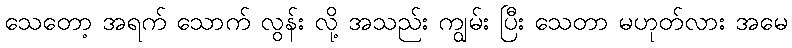
သေတော့ အရက် သောက် လွန်း လို့ အသည်း ကျွမ်း ပြီး သေတာ မဟုတ်လား အမေ